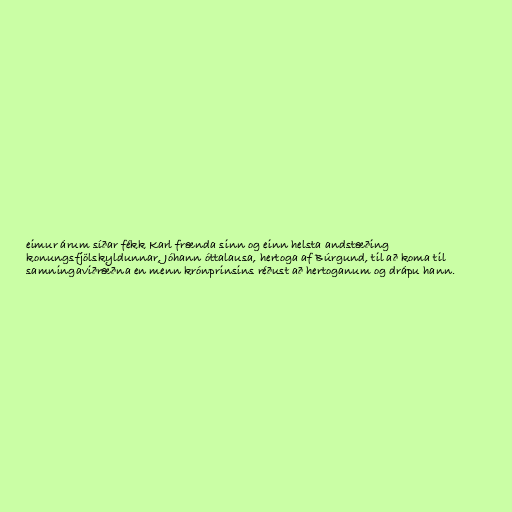
eimur árum síðar fékk Karl frænda sinn og einn helsta andstæðing
konungsfjölskyldunnar, Jóhann óttalausa, hertoga af Búrgund, til að koma til
samningaviðræðna en menn krónprinsins réðust að hertoganum og drápu hann.